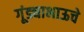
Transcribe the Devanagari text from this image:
गूंड्याभाऊचे